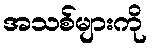
အသစ်များကို